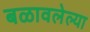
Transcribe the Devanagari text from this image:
बळावलेल्या